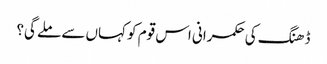
ڈھنگ کی حکمرانی اس قوم کو کہاں سے ملے گی؟